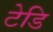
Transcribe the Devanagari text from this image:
टेडि